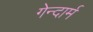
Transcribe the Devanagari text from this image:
गेन्दार्म